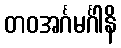
တဝအင်္ဂမင်္ဂါနိ